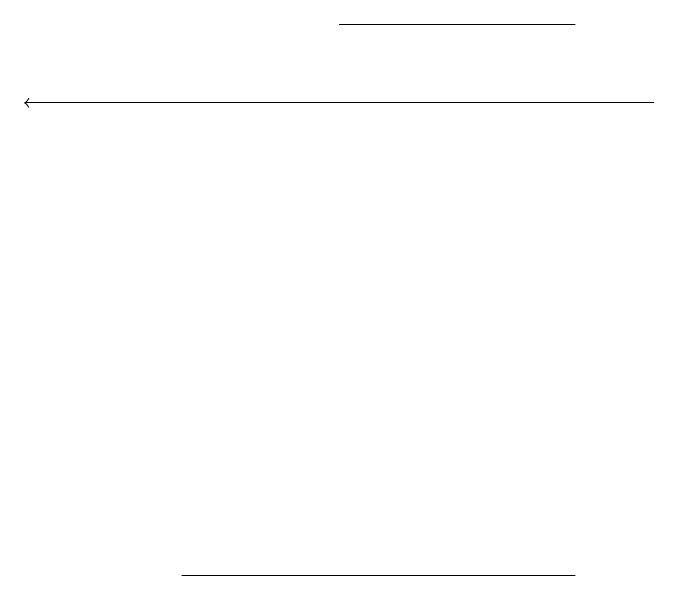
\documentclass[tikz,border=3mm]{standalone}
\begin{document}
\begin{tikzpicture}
\draw (8,19) rectangle (5,19);
\draw (8,12) rectangle (3,12);
\draw[->] (9,18) -- (1,18);
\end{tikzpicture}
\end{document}